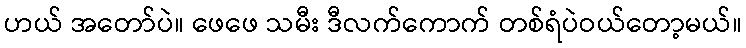
ဟယ် အတော်ပဲ။ ဖေဖေ သမီး ဒီလက်ကောက် တစ်ရံပဲဝယ်တော့မယ်။